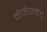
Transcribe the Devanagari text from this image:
मेनेज्मेंट